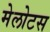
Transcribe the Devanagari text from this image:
मेलोटस